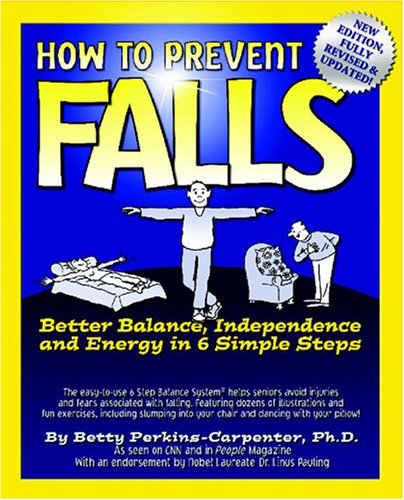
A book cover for How To Prevent Falls: Better Balance, Independence and Energy in 6 Simple Steps; Ph.D. Betty Perkins-Carpenter; Health, Fitness & Dieting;